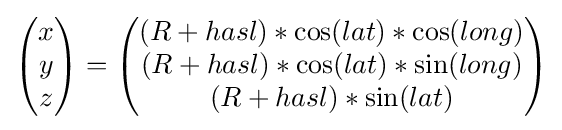
{\begin{pmatrix}x\\y\\z\end{pmatrix}}={\begin{pmatrix}(R+{hasl})*\cos({lat})*\cos({long})\\(R+{hasl})*\cos({lat})*\sin({long})\\(R+{hasl})*\sin({lat})\end{pmatrix}}